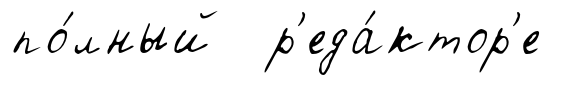
по́лный р'еда́ктор'е